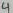
Text: 4